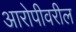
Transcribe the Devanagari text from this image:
आरोपीवरील